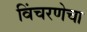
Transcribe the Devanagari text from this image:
विंचरणेचा